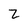
Character: Z